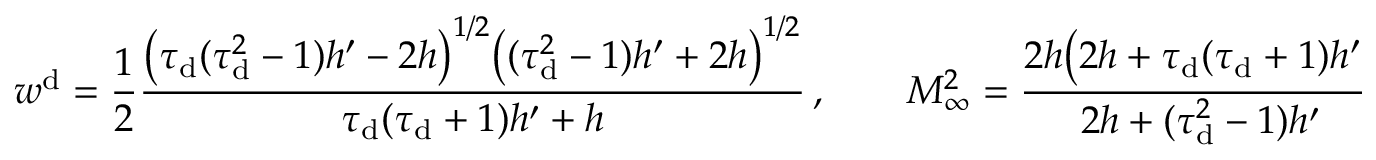
w ^ { \mathrm { d } } = \frac { 1 } { 2 } \frac { \big ( \tau _ { \mathrm { d } } ( \tau _ { \mathrm { d } } ^ { 2 } - 1 ) h ^ { \prime } - 2 h \big ) ^ { 1 / 2 } \big ( ( \tau _ { \mathrm { d } } ^ { 2 } - 1 ) h ^ { \prime } + 2 h \big ) ^ { 1 / 2 } } { \tau _ { \mathrm { d } } ( \tau _ { \mathrm { d } } + 1 ) h ^ { \prime } + h } \, , \qquad M _ { \infty } ^ { 2 } = \frac { 2 h \big ( 2 h + \tau _ { \mathrm { d } } ( \tau _ { \mathrm { d } } + 1 ) h ^ { \prime } \big ) } { 2 h + ( \tau _ { \mathrm { d } } ^ { 2 } - 1 ) h ^ { \prime } } \, ,